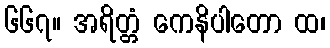
၆၆၇။ အရိတ္တံ ကေနိပါတော ထ၊